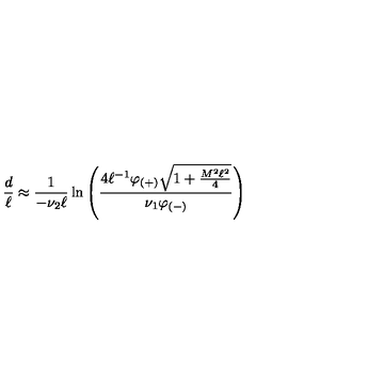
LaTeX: { \frac { d } { \ell } } \approx { \frac { 1 } { - \nu _ { 2 } \ell } } \ln \left( { \frac { 4 \ell ^ { - 1 } \varphi _ { ( + ) } \sqrt { 1 + { \frac { M ^ { 2 } \ell ^ { 2 } } { 4 } } } } { \nu _ { 1 } \varphi _ { ( - ) } } } \right)